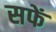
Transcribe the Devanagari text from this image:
सफें